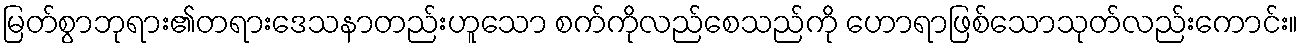
မြတ်စွာဘုရား၏တရားဒေသနာတည်းဟူသော စက်ကိုလည်စေသည်ကို ဟောရာဖြစ်သောသုတ်လည်းကောင်း။